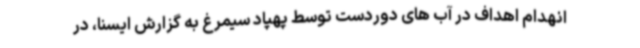
انهدام اهداف در آب های دوردست توسط پهپاد سیمرغ به گزارش ایسنا، در